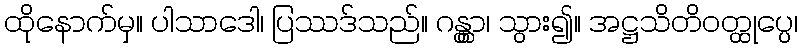
ထိုနောက်မှ။ ပါသာဒေါ၊ ပြဿဒ်သည်။ ဂန္တွာ၊ သွား၍။ အဋ္ဌသိတိဝတ္ထုပ္ပေ၊